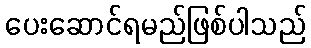
ပေးဆောင်ရမည်ဖြစ်ပါသည်